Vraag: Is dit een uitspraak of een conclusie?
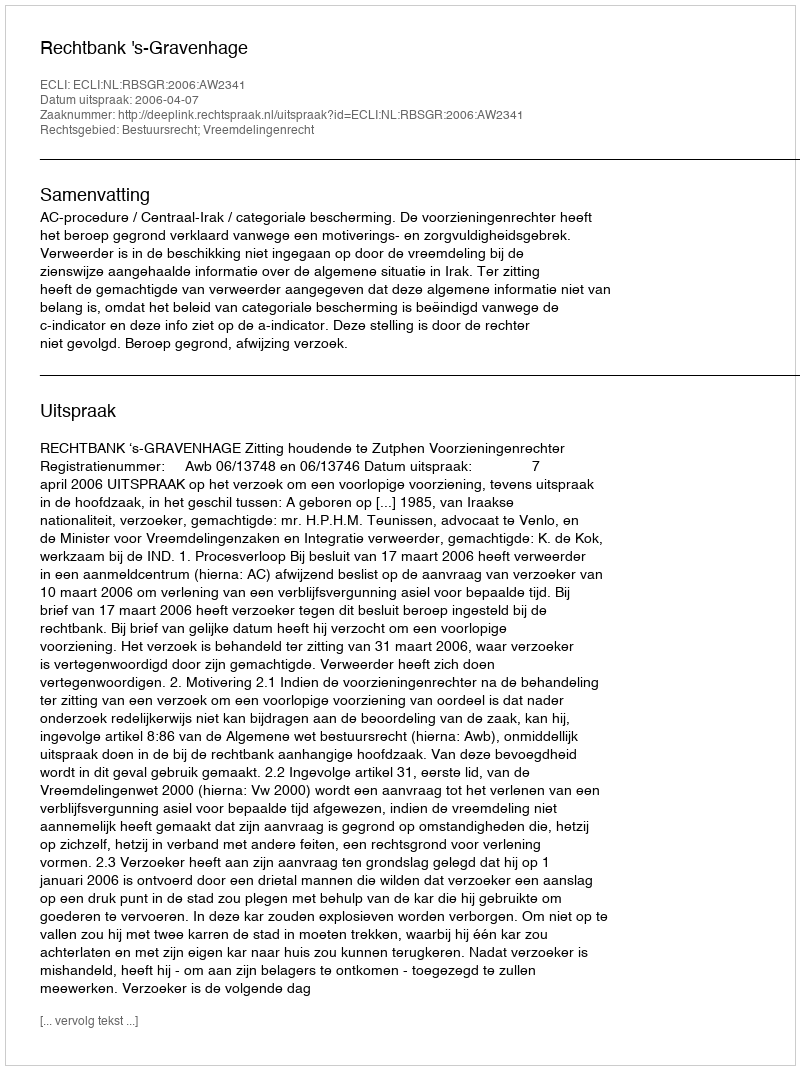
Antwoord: Uitspraak